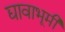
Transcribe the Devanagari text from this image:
द्यावाभूमी